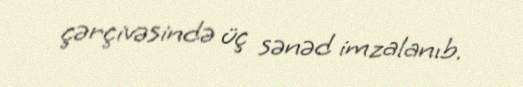
çərçivəsində üç sənəd imzalanıb.